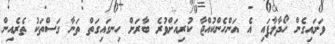
ވަށައިގެން ހޯދާލާފައި އެ އަންހެންކުއްޖާ ކުރިއަށްވުރެ ބާރަށް ހިނގައިގަތް ތަނާ ގަސްތަކު ތެރެއިން